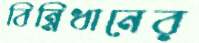
বিন্নিধানের